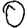
Digit: 0